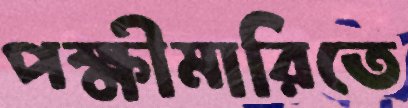
পক্ষীমারিতে